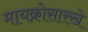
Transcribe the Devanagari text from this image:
मायक्रोसारखे